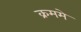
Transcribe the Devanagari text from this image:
क्रममे